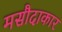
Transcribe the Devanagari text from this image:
मसौदाकार